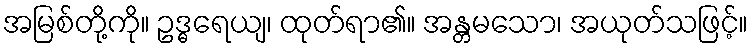
အမြစ်တို့ကို။ ဥဒ္ဓရေယျ၊ ထုတ်ရာ၏။ အန္တမသော၊ အယုတ်သဖြင့်။